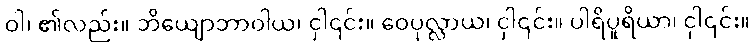
ဝါ၊ ၏လည်း။ ဘိယျောဘာဝါယ၊ ငှါ၎င်း။ ဝေပုလ္လာယ၊ ငှါ၎င်း။ ပါရိပူရိယာ၊ ငှါ၎င်း။